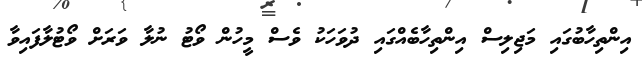
އިންތިހާބުގައި މަޖިލިސް އިންތިހާބެއްގައި ދުވަހަކު ވެސް މީހުން ވޯޓު ނުލާ ވަރަށް ވޯޓުލާފައިވާ